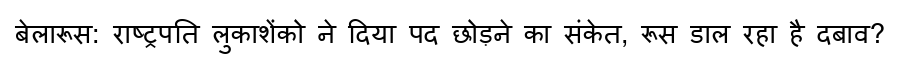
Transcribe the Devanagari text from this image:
बेलारूस: राष्ट्रपति लुकाशेंको ने दिया पद छोड़ने का संकेत, रूस डाल रहा है दबाव?